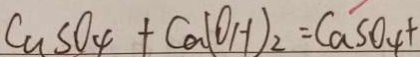
C u S O _ { 4 } + C a ( O H ) _ { 2 } = C a S O _ { 4 } +